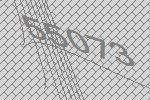
55073